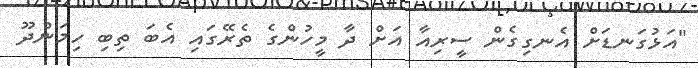
"އަޅުގަނޑަށް އެނގިގެން ސީރިއާ އަށް ދާ މީހުންގެ ތެރޭގައި އެބަ ތިބި ހިމަންދޫ